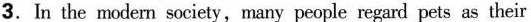
3.In the modern society,many people regard pets as their